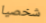
شخصيا